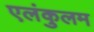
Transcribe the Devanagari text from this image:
एलंकुलम